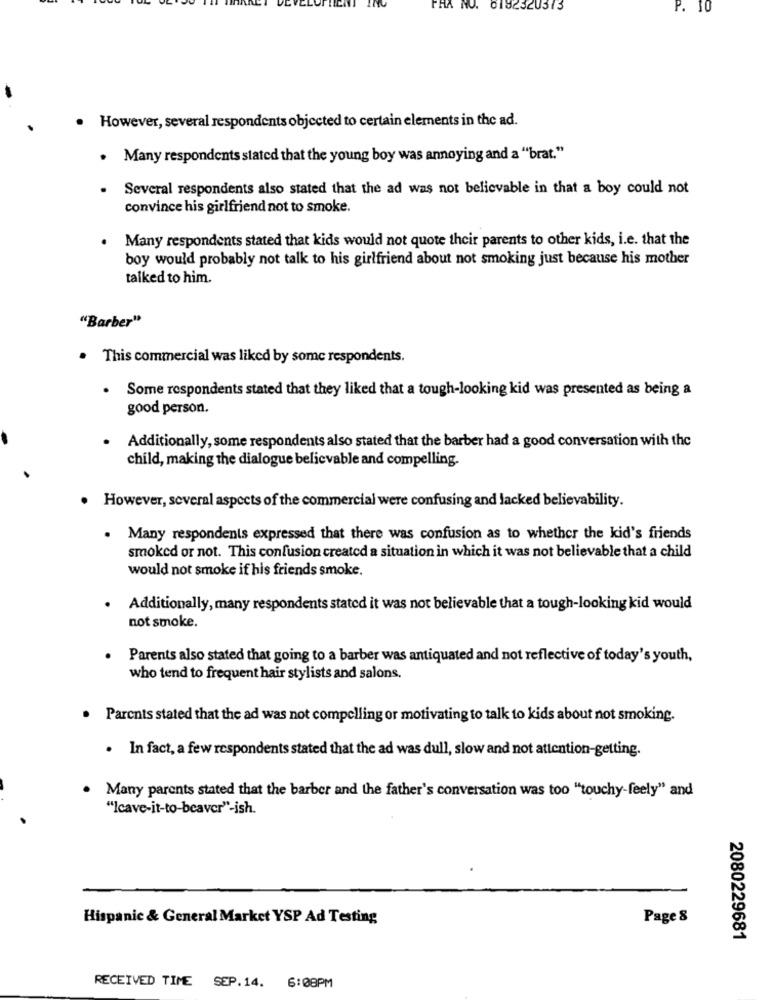
0182320373
P. 10
However, several respondents objected to certain elements in the ad.
.
. Many respondents stated that the young boy was annoying and a "brat."
Several respondents also stated that the ad was not believable in that a boy could not
convince his girlfriend not to smoke.
. Many respondents stated that kids would not quote their parents to other kids, i.e. that the
boy would probably not talk to his girlfriend about not smoking just because his mother
talked to him.
"Barber"
. This commercial was liked by some respondents.
. Some respondents stated that they liked that a tough-looking kid was presented as being a
good person.
Additionally, some respondents also stated that the barber had a good conversation with the
child, making the dialogue believable and compelling.
However, several aspects of the commercial were confusing and lacked believability.
. Many respondents expressed that there was confusion as to whether the kid's friends
smoked or not. This confusion created a situation in which it was not believable that a child
would not smoke if his friends smoke.
. Additionally, many respondents stated it was not believable that a tough-looking kid would
not smoke.
. Parents also stated that going to a barber was antiquated and not reflective of today's youth,
who tend to frequent hair stylists and salons.
Parents stated that the ad was not compelling or motivating to talk to kids about not smoking.
.
In fact, a few respondents stated that the ad was dull, slow and not attention-getting.
Many parents stated that the barber and the father's conversation was too "touchy-feely" and
"Icave-it-to-beaver"-ish.
Hispanic & General Market YSP Ad Testing
Page 8
2080229681
RECEIVED TIME SEP.14. 6:08PM